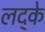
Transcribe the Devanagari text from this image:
लद्के